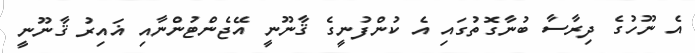
އެ ނޫހުގެ ދިރާސާ ބުނާގޮތުގައި އެ ކުންފުނީގެ ޤާނޫނީ އޭޖެންޓުންނާއި ޣައިރު ޤާނޫނީ